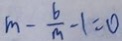
m - \frac { b } { m } - 1 = 0